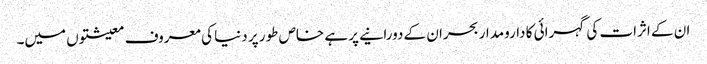
ان کے اثرات کی گہرائی کا دارومدار بحران کے دورانیے پر ہے خاص طور پر دنیا کی معروف معیشتوں میں۔